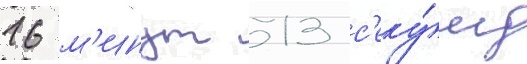
16 м'инут 13 с'еку́нд